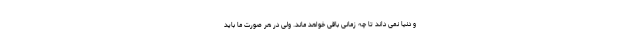
و دنیا نمی داند تا چه زمانی باقی خواهد ماند. ولی در هر صورت ما باید